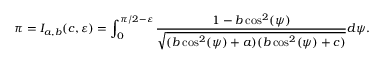
\pi = I _ { a , b } ( c , \varepsilon ) = \int _ { 0 } ^ { \pi / 2 - \varepsilon } \frac { 1 - b \cos ^ { 2 } ( \psi ) } { \sqrt { ( b \cos ^ { 2 } ( \psi ) + a ) ( b \cos ^ { 2 } ( \psi ) + c ) } } d \psi .